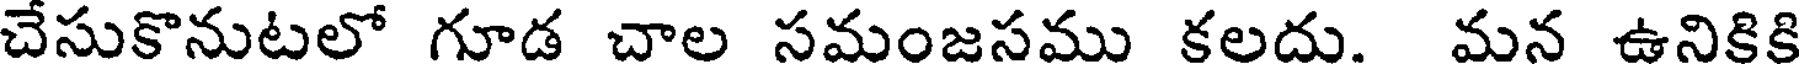
చేసుకొనుటలో గూడ చాల సమంజసము కలదు. మన ఉనికికి